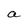
Character: a